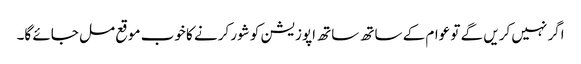
اگر نہیں کریں گے تو عوام کے ساتھ ساتھ اپوزیشن کو شور کرنے کا خوب موقع مل جائے گا۔